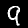
Label: 9